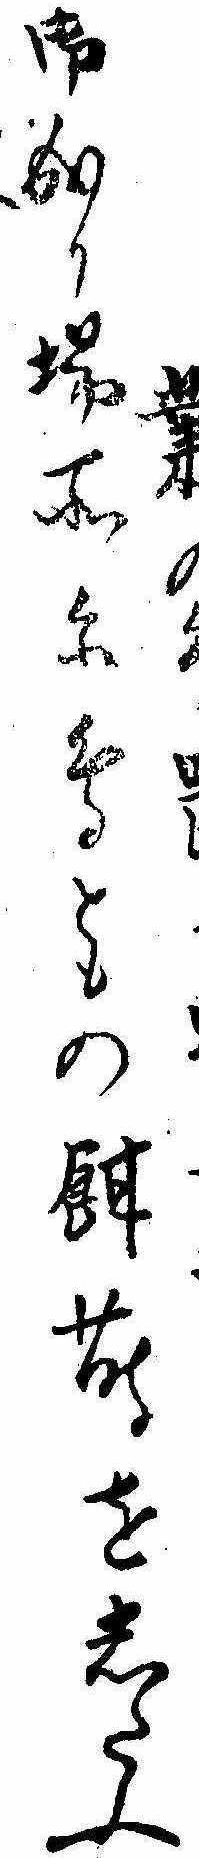
業御成り場所に鳥ともの餌蒔をしたふ